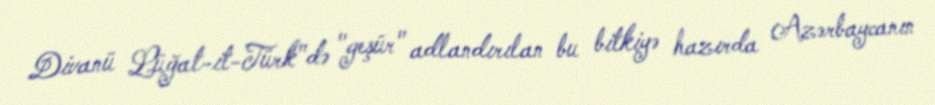
Divanü Lüğat-it-Türk"də "geşür" adlandırılan bu bitkiyə hazırda Azərbaycanın